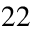
^ { 2 2 }